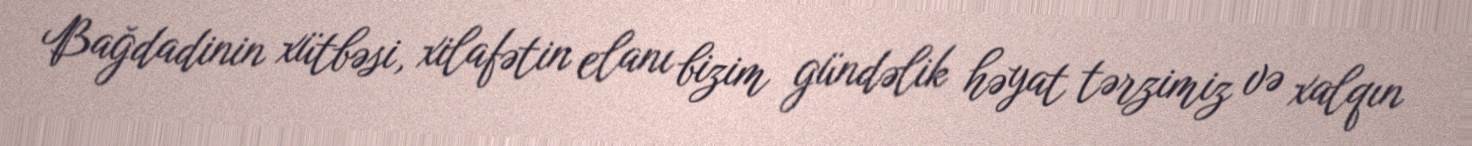
Bağdadinin xütbəsi, xilafətin elanı bizim gündəlik həyat tərzimiz və xalqın